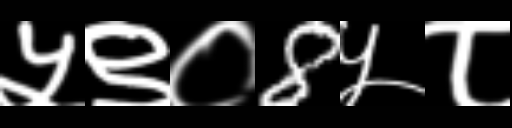
Text: ५९०8५८